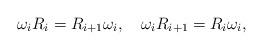
LaTeX: \begin{align*}\omega_i R_i=R_{i+1}\omega_i, \quad \omega_i R_{i+1}=R_i\omega_i,\end{align*}